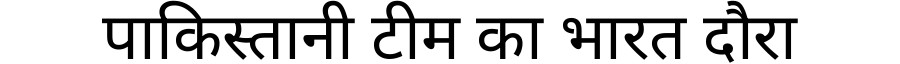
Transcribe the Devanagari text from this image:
पाकिस्तानी टीम का भारत दौरा